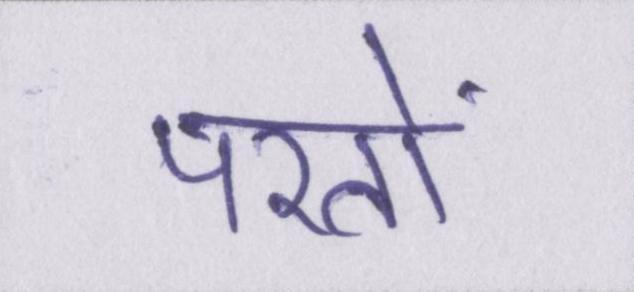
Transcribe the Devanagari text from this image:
परतों